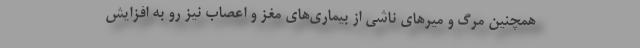
همچنین مرگ و میرهای ناشی از بیماری‌های مغز و اعصاب نیز رو به افزایش